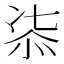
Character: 㓒